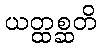
ယတ္ထစ္ဆတိ